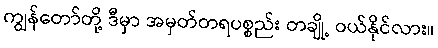
ကျွန်တော်တို့ ဒီမှာ အမှတ်တရပစ္စည်း တချို့ ဝယ်နိုင်လား။